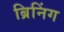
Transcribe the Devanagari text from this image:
ब्रिनिंग